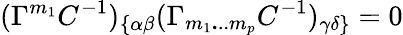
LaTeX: (\Gamma^{{m}_{{1}}}C^{-{1}})_{\{ \alpha\beta}(\Gamma_{{m}_{{1}}{\mathbf...}{m}_{{p}}}C^{-{1}})_{\gamma\delta\} }=0